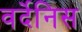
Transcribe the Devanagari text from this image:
वर्देनिस